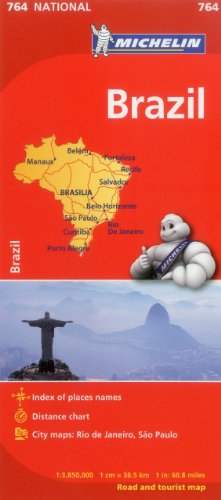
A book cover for Michelin Map Brazil 764 (Maps/Country (Michelin)); Michelin Travel & Lifestyle; Travel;